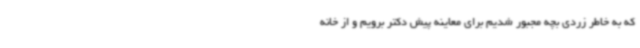
که به خاطر زردی بچه مجبور شدیم برای معاینه پیش دکتر برویم و از خانه